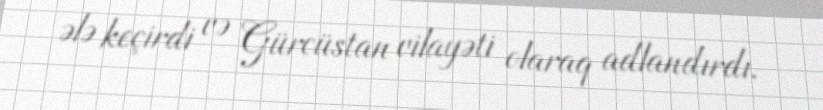
ələ keçirdi və Gürcüstan vilayəti olaraq adlandırdı.